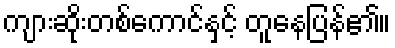
ကျားဆိုးတစ်ကောင်နှင့် တူနေပြန်၏။